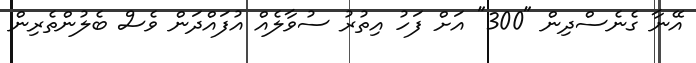
އޭނާ ގެނެސްދިން "300" އަށް ފަހު އިތުރު ސުވާލެއް އުފައްދަން ވެސް ބެލުންތެރިން